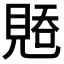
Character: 𰴑